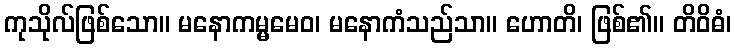
ကုသိုလ်ဖြစ်သော။ မနောကမ္မမေဝ၊ မနောကံသည်သာ။ ဟောတိ၊ ဖြစ်၏။ တိဝိဓံ၊